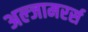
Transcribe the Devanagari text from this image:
अल्जामरर्स